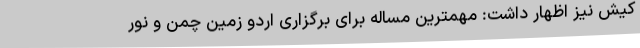
کیش نیز اظهار داشت: مهمترین مساله برای برگزاری اردو زمین چمن و نور